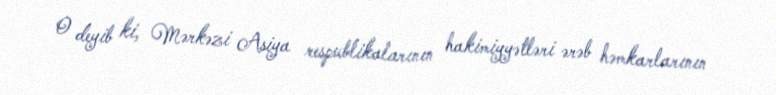
O deyib ki, Mərkəzi Asiya respublikalarının hakimiyyətləri ərəb həmkarlarının